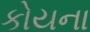
કોયના